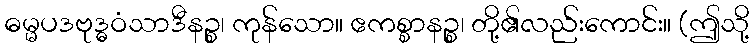
ဓမ္မပဒဗုဒ္ဓဝံသာဒီနဉ္စ၊ ကုန်သော။ ဧကစ္စာနဉ္စ၊ တို့၏လည်းကောင်း။ (ဤသို့